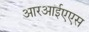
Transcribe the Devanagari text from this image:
आरआईएएस